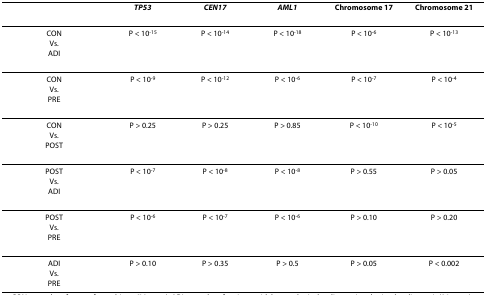
|  | TP53 | CEN17 | AML1 | Chromosome 17 | Chromosome 21 |
 | --- | --- | --- | --- | --- | --- |
 | CONVs.ADI | P < 10-15 | P < 10-14 | P < 10-18 | P < 10-6 | P < 10-13 |
 | CONVs.PRE | P < 10-9 | P < 10-12 | P < 10-6 | P < 10-7 | P < 10-4 |
 | CONVs.POST | P > 0.25 | P > 0.25 | P > 0.85 | P < 10-10 | P < 10-5 |
 | POSTVs.ADI | P < 10-7 | P < 10-8 | P < 10-8 | P > 0.55 | P > 0.05 |
 | POSTVs.PRE | P < 10-6 | P < 10-7 | P < 10-6 | P > 0.10 | P > 0.20 |
 | ADIVs.PRE | P > 0.10 | P > 0.35 | P > 0.5 | P > 0.05 | P < 0.002 |